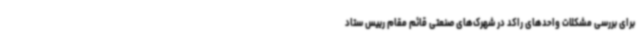
برای بررسی مشکلات واحدهای راکد در شهرک‌های صنعتی قائم مقام رییس ستاد